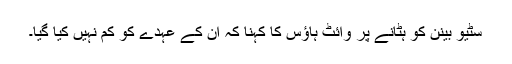
سٹیو بینن کو ہٹانے پر وائٹ ہاؤس کا کہنا کہ ان کے عہدے کو کم نہیں کیا گیا۔